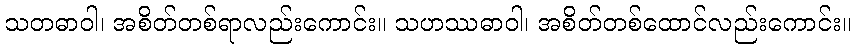
သတဓာဝါ၊ အစိတ်တစ်ရာလည်းကောင်း။ သဟဿဓာဝါ၊ အစိတ်တစ်ထောင်လည်းကောင်း။